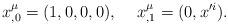
LaTeX: \begin{align*}x^\mu_{,0}=(1,0,0,0),\hspace*{5mm}x^\mu_{,1}=(0,x'^i).\end{align*}